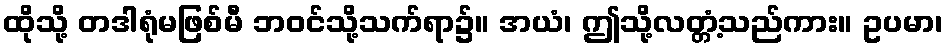
ထိုသို့ တဒါရုံမဖြစ်မီ ဘဝင်သို့သက်ရာ၌။ အယံ၊ ဤသို့လတ္တံ့သည်ကား။ ဥပမာ၊